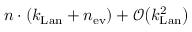
n \cdot ( k _ { \mathrm { L a n } } + n _ { \mathrm { e v } } ) + \mathcal { O } \big ( k _ { \mathrm { L a n } } ^ { 2 } \big )